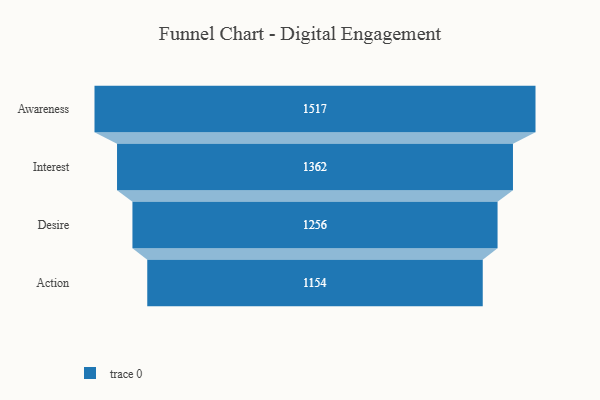
{"axis": {"x": "Stage", "y": "Value"}, "legend": [""], "data": [{"x": "Awareness", "y": 1517.0, "type": ""}, {"x": "Interest", "y": 1362.0, "type": ""}, {"x": "Desire", "y": 1256.0, "type": ""}, {"x": "Action", "y": 1154.0, "type": ""}]}